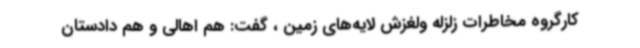
کارگروه مخاطرات زلزله ولغزش لایه‌های زمین ، گفت: هم اهالی و هم دادستان